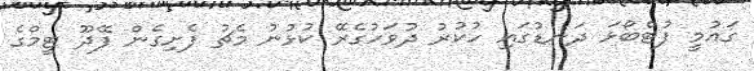
ގައުމީ ފުޓްބޯޅަ ދަނޑުގައި ހުކުރު ދުވަހުގެރޭ ކުޅުނު މެޗު ފެށިގެން ފޭދޫ ޓީމްގެ